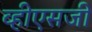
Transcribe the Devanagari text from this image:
व्हीएसजी